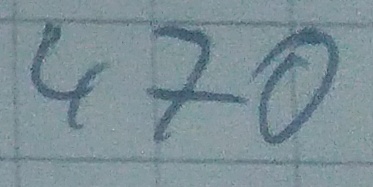
Text: 470